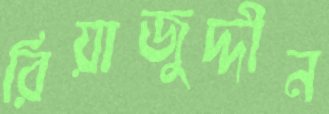
রিয়াজুদ্দীন